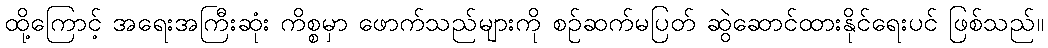
ထို့ကြောင့် အရေးအကြီးဆုံး ကိစ္စမှာ ဖောက်သည်များကို စဉ်ဆက်မပြတ် ဆွဲဆောင်ထားနိုင်ရေးပင် ဖြစ်သည်။